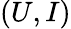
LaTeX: (U,I)